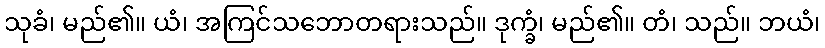
သုခံ၊ မည်၏။ ယံ၊ အကြင်သဘောတရားသည်။ ဒုက္ခံ၊ မည်၏။ တံ၊ သည်။ ဘယံ၊